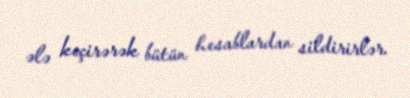
ələ keçirərək bütün hesablardan sildirirlər.